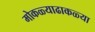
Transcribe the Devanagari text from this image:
मोकळ्याढाकळ्या